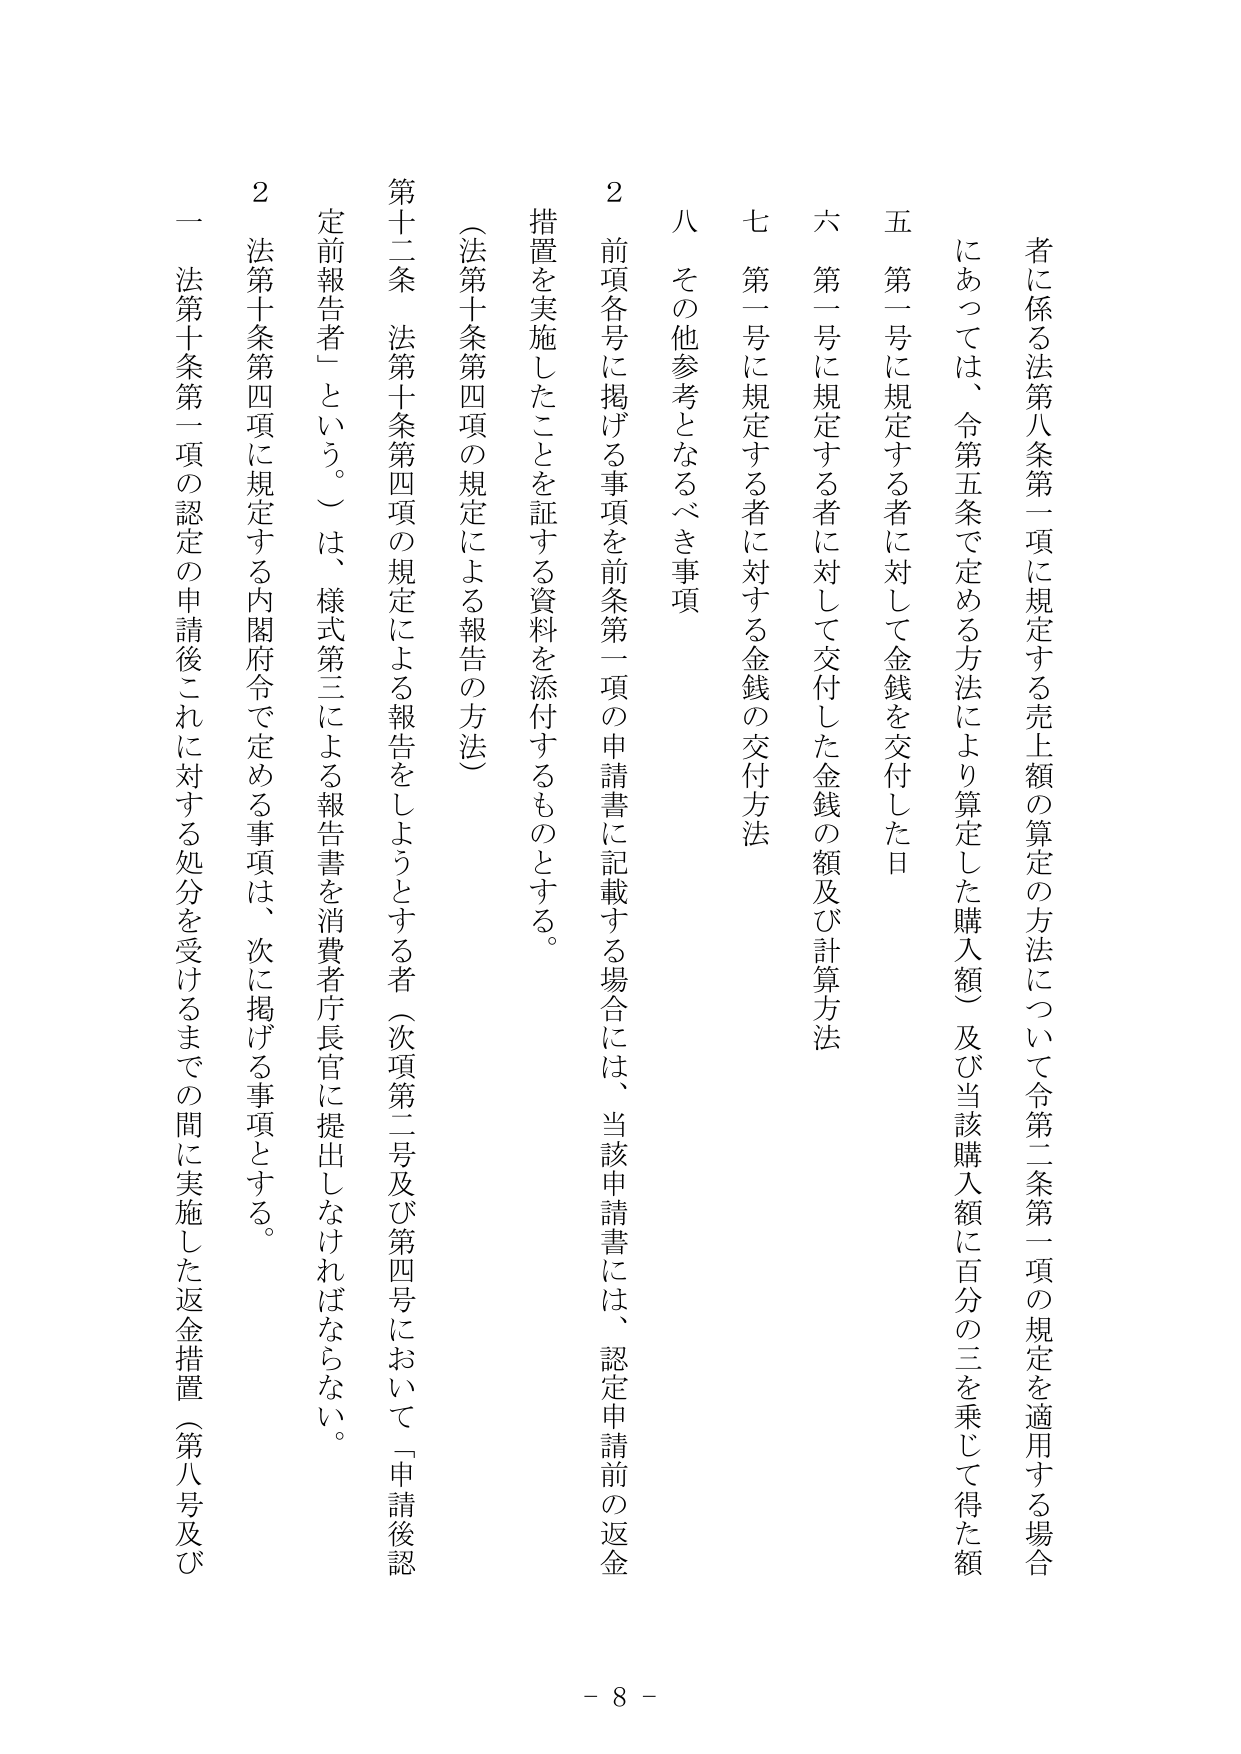
者に係る法第八条第一項に規定する売上額の算定の方法について令第二条第一項の規定を適用する場合
にあっては、令第五条で定める方法により算定した購入額（及び当該購入額に百分の三を乗じて得た額
五 第一号に規定する者に対して金銭を交付した日
六 第一号に規定する者に対して交付した金銭の額及び計算方法
七 第一号に規定する者に対する金銭の交付方法
八 その他参考となるべき事項
２ 前項各号に掲げる事項を前条第一項の申請書に記載する場合には、当該申請書には、認定申請前の返金
措置を実施したことを証する資料を添付するものとする。
（法第十条第四項の規定による報告の方法）
第十二条 法第十条第四項の規定による報告をしようとする者（次項第二号及び第四号において「申請後認
定前報告者」という。）は、様式第三による報告書を消費者庁長官に提出しなければならない。
２ 法第十条第四項に規定する内閣府令で定める事項は、次に掲げる事項とする。
一 法第十条第一項の認定の申請後これに対する処分を受けるまでの間に実施した返金措置（第八号及び
- 8 -